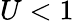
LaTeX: U<1